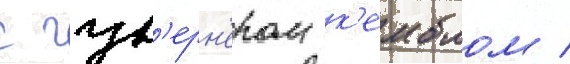
с гув'ерн'ером к'емблом /